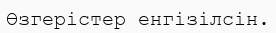
Өзгерістер енгізілсін.